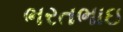
ભરતભાઇ